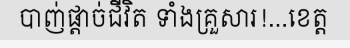
បាញ់ផ្តាច់ជីវិត ទាំងគ្រួសារ!...ខេត្ត